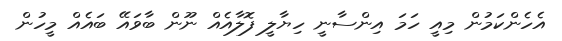
އެހެންކަމުން މިއީ ހަމަ އިންސާނީ ހިޔާލީ ފޮލާއެއް ނޫން ބާވައޭ ބައެއް މީހުން